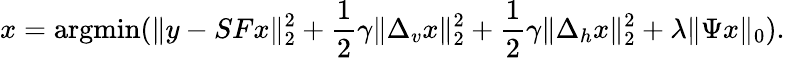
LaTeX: x=\operatorname{argmin}(\| y-SFx\| _{2}^{2}+\frac{1}{2}\gamma\| \Delta_{v}x\| _{2}^{2}+\frac{1}{2}\gamma\| \Delta_{h}x\| _{2}^{2}+\lambda\| \Psi x\| _{0}).